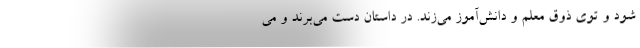
شود و توی ذوق معلم و دانش‌آموز می‌زند. در داستان دست می‌برند و می